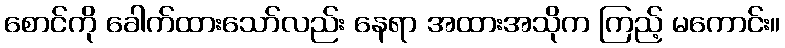
စောင်ကို ခေါက်ထားသော်လည်း နေရာ အထားအသိုက ကြည့် မကောင်း။